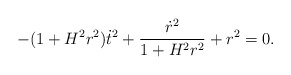
\begin{align*}-(1+H^2r^2)\dot{t}^2+\frac{\dot{r}^2}{1+H^2r^2}+r^2=0.\end{align*}